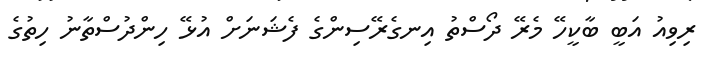
ރިވިއު އަބީ ބާކީހޭ މެރޭ ދޯސްތު އިނގެރޭސިންގެ ފެޝަނަށް އުޅޭ ހިންދުސްތާނު ހިތުގެ